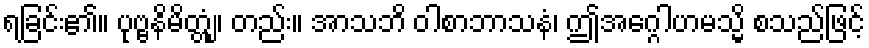
ရခြင်း၏။ ပုဗ္ဗနိမိတ္တံျ၊ တည်း။ အာသဘိ ဝါစာဘာသနံ၊ ဤအဂ္ဂေါဟမသ္မိ စသည်ဖြင့်